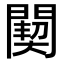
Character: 䦬